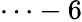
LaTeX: \cdots-6